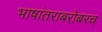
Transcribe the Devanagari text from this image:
भाषांतराबरोबरच